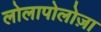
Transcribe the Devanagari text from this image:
लोलापोलोज़ा